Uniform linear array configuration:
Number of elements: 8
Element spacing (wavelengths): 1
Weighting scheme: binomial
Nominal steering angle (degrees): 30
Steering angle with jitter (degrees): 28.94
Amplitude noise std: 0.05
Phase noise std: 0.05

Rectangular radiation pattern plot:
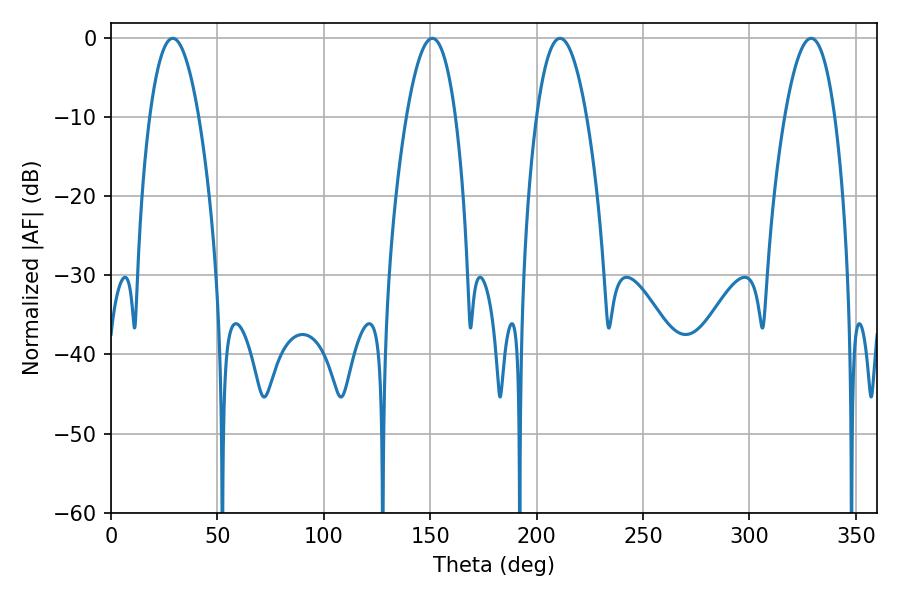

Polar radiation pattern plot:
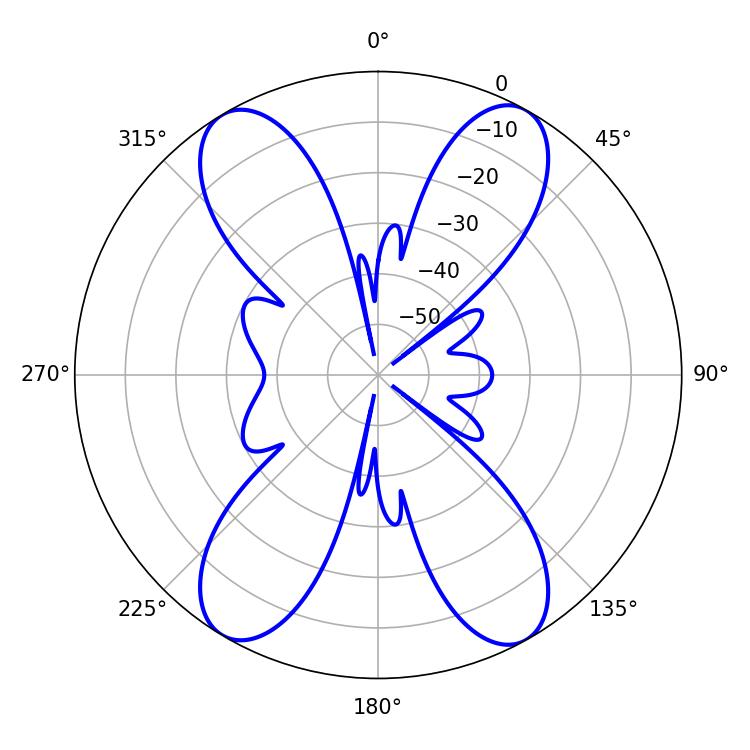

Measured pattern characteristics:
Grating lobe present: TRUE
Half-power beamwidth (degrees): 12.78
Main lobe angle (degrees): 28.98